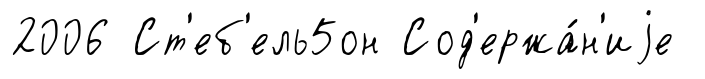
2006 Ст'еб'ель5он Сод'ержа́н'иjе